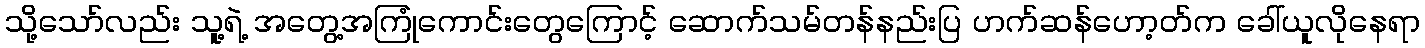
သို့သော်လည်း သူ့ရဲ့ အတွေ့အကြုံကောင်းတွေကြောင့် ဆောက်သမ်တန်နည်းပြ ဟက်ဆန်ဟော့တ်က ခေါ်ယူလိုနေရာ